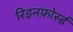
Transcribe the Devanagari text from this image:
रिइनफ़ोर्स्ड